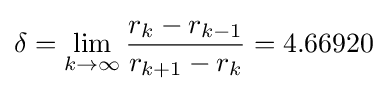
\delta =\lim _{k\to \infty }{\frac {r_{k}-r_{k-1}}{r_{k+1}-r_{k}}}=4.66920